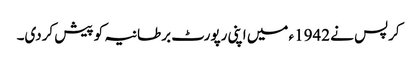
کرپس نے 1942ء میں اپنی رپورٹ برطانیہ کو پیش کردی۔